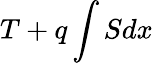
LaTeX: T+q\int Sdx